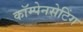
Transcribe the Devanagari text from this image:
कॉम्पेनसेटिंग